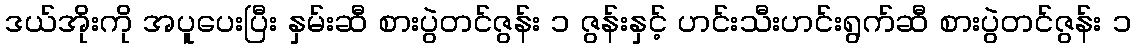
ဒယ်အိုးကို အပူပေးပြီး နှမ်းဆီ စားပွဲတင်ဇွန်း ၁ ဇွန်းနှင့် ဟင်းသီးဟင်းရွက်ဆီ စားပွဲတင်ဇွန်း ၁